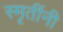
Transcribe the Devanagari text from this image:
स्मृतींनी